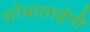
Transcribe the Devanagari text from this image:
शोभाताईंनी